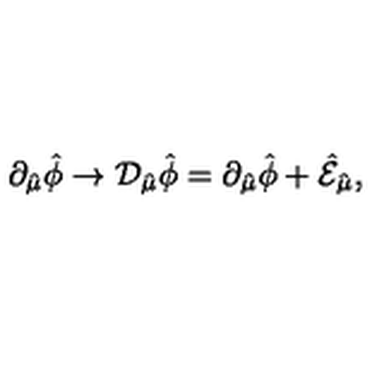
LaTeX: \partial _ { \hat { \mu } } \hat { \phi } \rightarrow { \cal D } _ { \hat { \mu } } \hat { \phi } = \partial _ { \hat { \mu } } \hat { \phi } + \hat { \cal E } _ { \hat { \mu } } ,